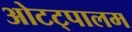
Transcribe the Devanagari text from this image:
ओटट्पालम